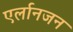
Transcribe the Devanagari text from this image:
एर्लानजन